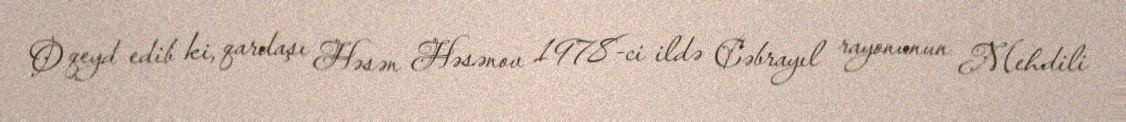
O qeyd edib ki, qardaşı Həsən Həsənov 1978-ci ildə Cəbrayıl rayonunun Mehdili